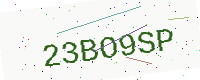
Text: 23BO9SP